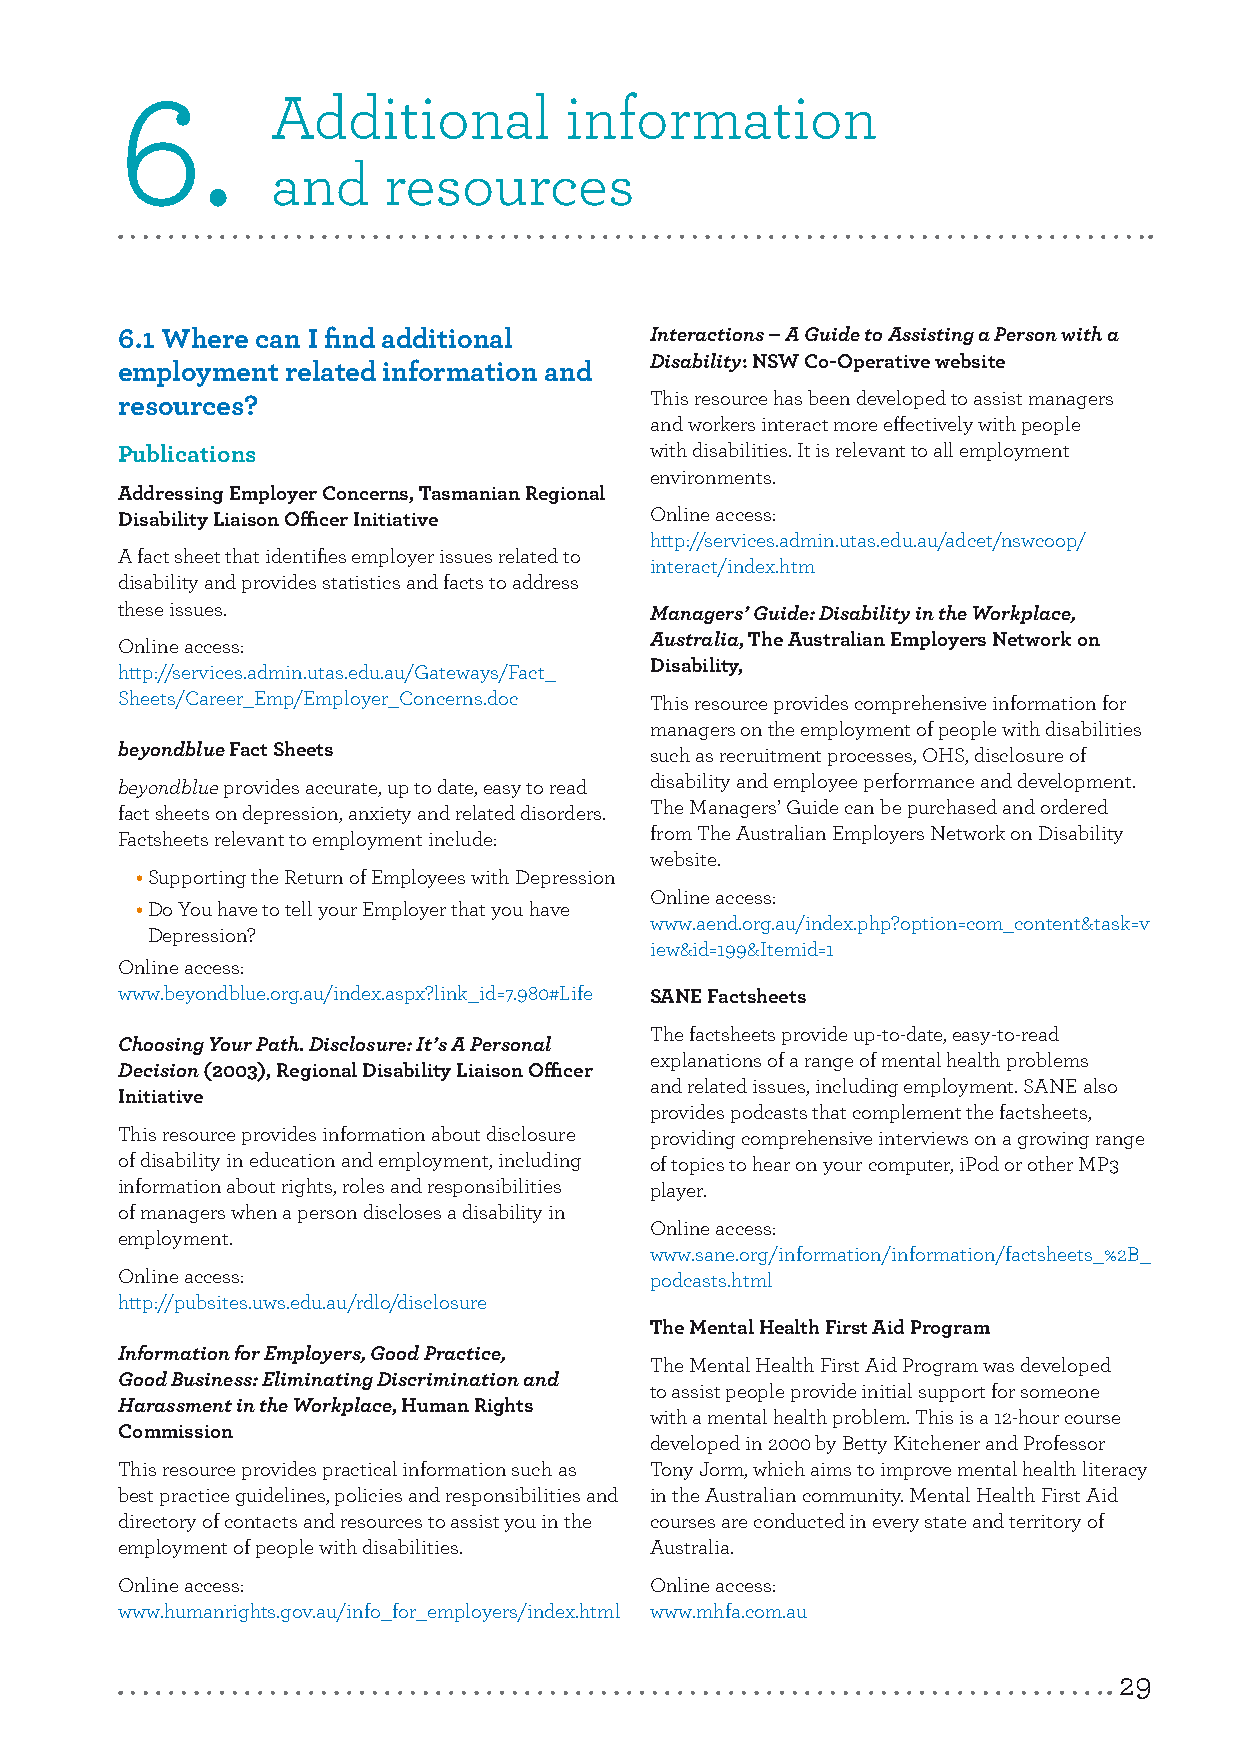
6.
 Additional         information
 and    resources
 6.1 Where can I find additional    Interactions – A Guide to Assisting a Person with a
 Disability: NSW Co-Operative website
 employment related information and
 resources?                         This resource has been developed to assist managers
 and workers interact more effectively with people
 Publications                       with disabilities. It is relevant to all employment
 environments.
 Addressing Employer Concerns, Tasmanian Regional
 Disability Liaison Officer Initiative Online access:
 http://services.admin.utas.edu.au/adcet/nswcoop/
 A fact sheet that identifies employer issues related to
 interact/index.htm
 disability and provides statistics and facts to address
 these issues.                      Managers’ Guide: Disability in the Workplace,
 Online access:                     Australia, The Australian Employers Network on
 http://services.admin.utas.edu.au/Gateways/Fact_ Disability,
 Sheets/Career_Emp/Employer_Concerns.doc This resource provides comprehensive information for
 managers on the employment of people with disabilities
 beyondblue Fact Sheets             such as recruitment processes, OHS, disclosure of
 beyondblue provides accurate, up to date, easy to read disability and employee performance and development.
 fact sheets on depression, anxiety and related disorders. The Managers’ Guide can be purchased and ordered
 Factsheets relevant to employment include: from The Australian Employers Network on Disability
 website.
 • Supporting the Return of Employees with Depression
 Online access:
 • Do You have to tell your Employer that you have
 www.aend.org.au/index.php?option=com_content&task=v
 Depression?
 iew&id=199&Itemid=1
 Online access:
 www.beyondblue.org.au/index.aspx?link_id=7.980#Life SANE Factsheets
 The factsheets provide up-to-date, easy-to-read
 Choosing Your Path. Disclosure: It’s A Personal
 explanations of a range of mental health problems
 Decision (2003), Regional Disability Liaison Officer
 and related issues, including employment. SANE also
 Initiative
 provides podcasts that complement the factsheets,
 This resource provides information about disclosure providing comprehensive interviews on a growing range
 of disability in education and employment, including of topics to hear on your computer, iPod or other MP3
 information about rights, roles and responsibilities player.
 of managers when a person discloses a disability in
 Online access:
 employment.
 www.sane.org/information/information/factsheets_%2B_
 Online access:                     podcasts.html
 http://pubsites.uws.edu.au/rdlo/disclosure
 The Mental Health First Aid Program
 Information for Employers, Good Practice,
 The Mental Health First Aid Program was developed
 Good Business: Eliminating Discrimination and
 to assist people provide initial support for someone
 Harassment in the Workplace, Human Rights
 with a mental health problem. This is a 12-hour course
 Commission
 developed in 2000 by Betty Kitchener and Professor
 This resource provides practical information such as Tony Jorm, which aims to improve mental health literacy
 best practice guidelines, policies and responsibilities and in the Australian community. Mental Health First Aid
 directory of contacts and resources to assist you in the courses are conducted in every state and territory of
 employment of people with disabilities. Australia.
 Online access:                     Online access:
 www.humanrights.gov.au/info_for_employers/index.html www.mhfa.com.au
 29